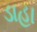
ડાહા